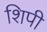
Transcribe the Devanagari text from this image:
शिपी